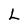
Character: L